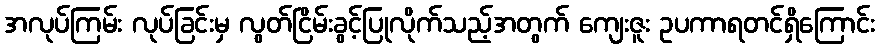
အလုပ်ကြမ်း လုပ်ခြင်းမှ လွတ်ငြိမ်းခွင့်ပြုလိုက်သည့်အတွက် ကျေးဇူး ဥပကာရတင်ရှိကြောင်း